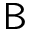
\textsf { B }